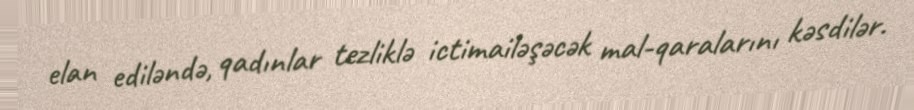
elan ediləndə, qadınlar tezliklə ictimailəşəcək mal-qaralarını kəsdilər.